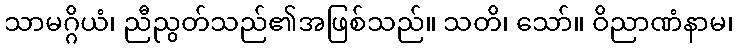
သာမဂ္ဂိယံ၊ ညီညွတ်သည်၏အဖြစ်သည်။ သတိ၊ သော်။ ဝိညာဏံနာမ၊